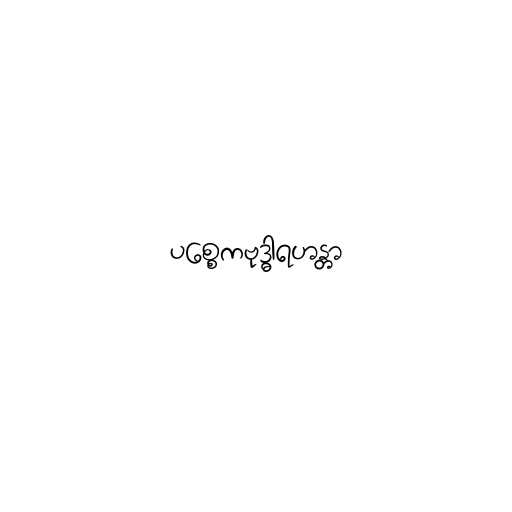
ပစ္စေကဗုဒ္ဓါရဟန္တာ